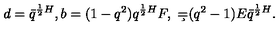
d = \bar { q } ^ { { \frac { 1 } { 2 } } H } , b = ( 1 - q ^ { 2 } ) q ^ { { \frac { 1 } { 2 } } H } F , \ \c = ( q ^ { 2 } - 1 ) E \bar { q } ^ { { \frac { 1 } { 2 } } H } .